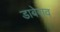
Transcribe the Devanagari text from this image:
डाबेराव